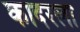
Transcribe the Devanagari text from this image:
कादरला